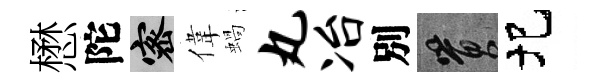
懋陀密偉蝸丸冶別篔圯